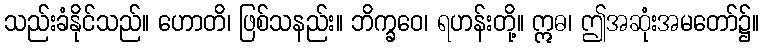
သည်းခံနိုင်သည်။ ဟောတိ၊ ဖြစ်သနည်း။ ဘိက္ခဝေ၊ ရဟန်းတို့။ ဣဓ၊ ဤအဆုံးအမတော်၌။